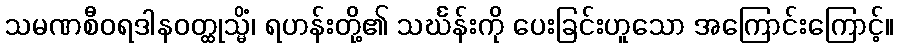
သမဏစီဝရဒါနဝတ္ထုသ္မိံ၊ ရဟန်းတို့၏ သင်္ဃန်းကို ပေးခြင်းဟူသော အကြောင်းကြောင့်။